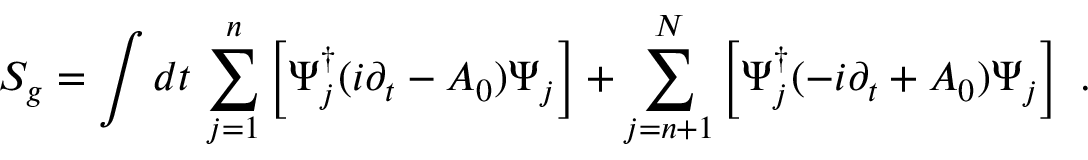
{ \cal S } _ { g } = \int d t \, \sum _ { j = 1 } ^ { n } \left[ \Psi _ { j } ^ { \dagger } ( i \partial _ { t } - A _ { 0 } ) \Psi _ { j } \right] + \sum _ { j = n + 1 } ^ { N } \left[ \Psi _ { j } ^ { \dagger } ( - i \partial _ { t } + A _ { 0 } ) \Psi _ { j } \right] ~ .